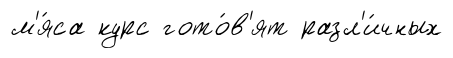
м'я́са курс гото́в'ят разл'и́чных